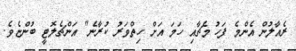
ރެއާލުން އެންމެ ފަހު މެޗާއި ހަމަ އަށް ހިތްވަރު ކުރާނެ" އަންޗެލޮޓީ ބުންޏެެވެ.